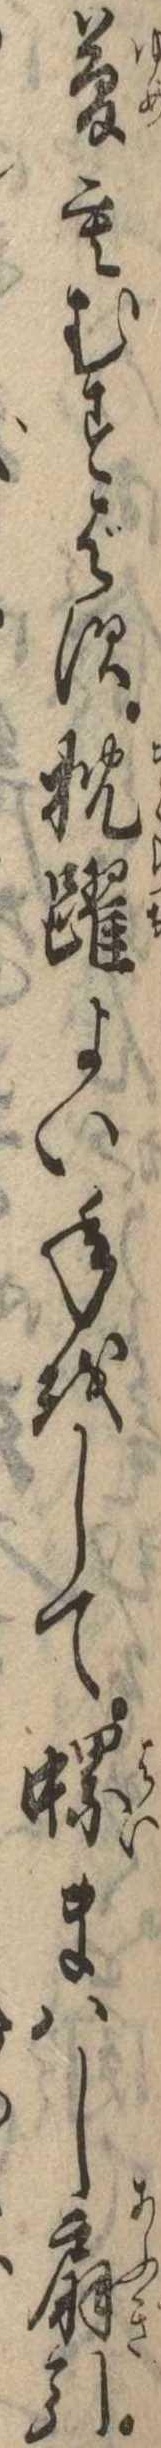
夢もむすばす枕躍よい年をして螺まはし扇引